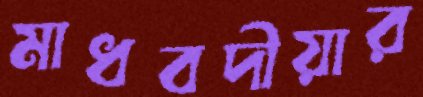
মাধবদীয়ার